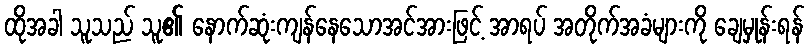
ထိုအခါ သူသည် သူ၏ နောက်ဆုံးကျန်နေသောအင်အားဖြင့် အာရပ် အတိုက်အခံများကို ချေမှုန်းရန်